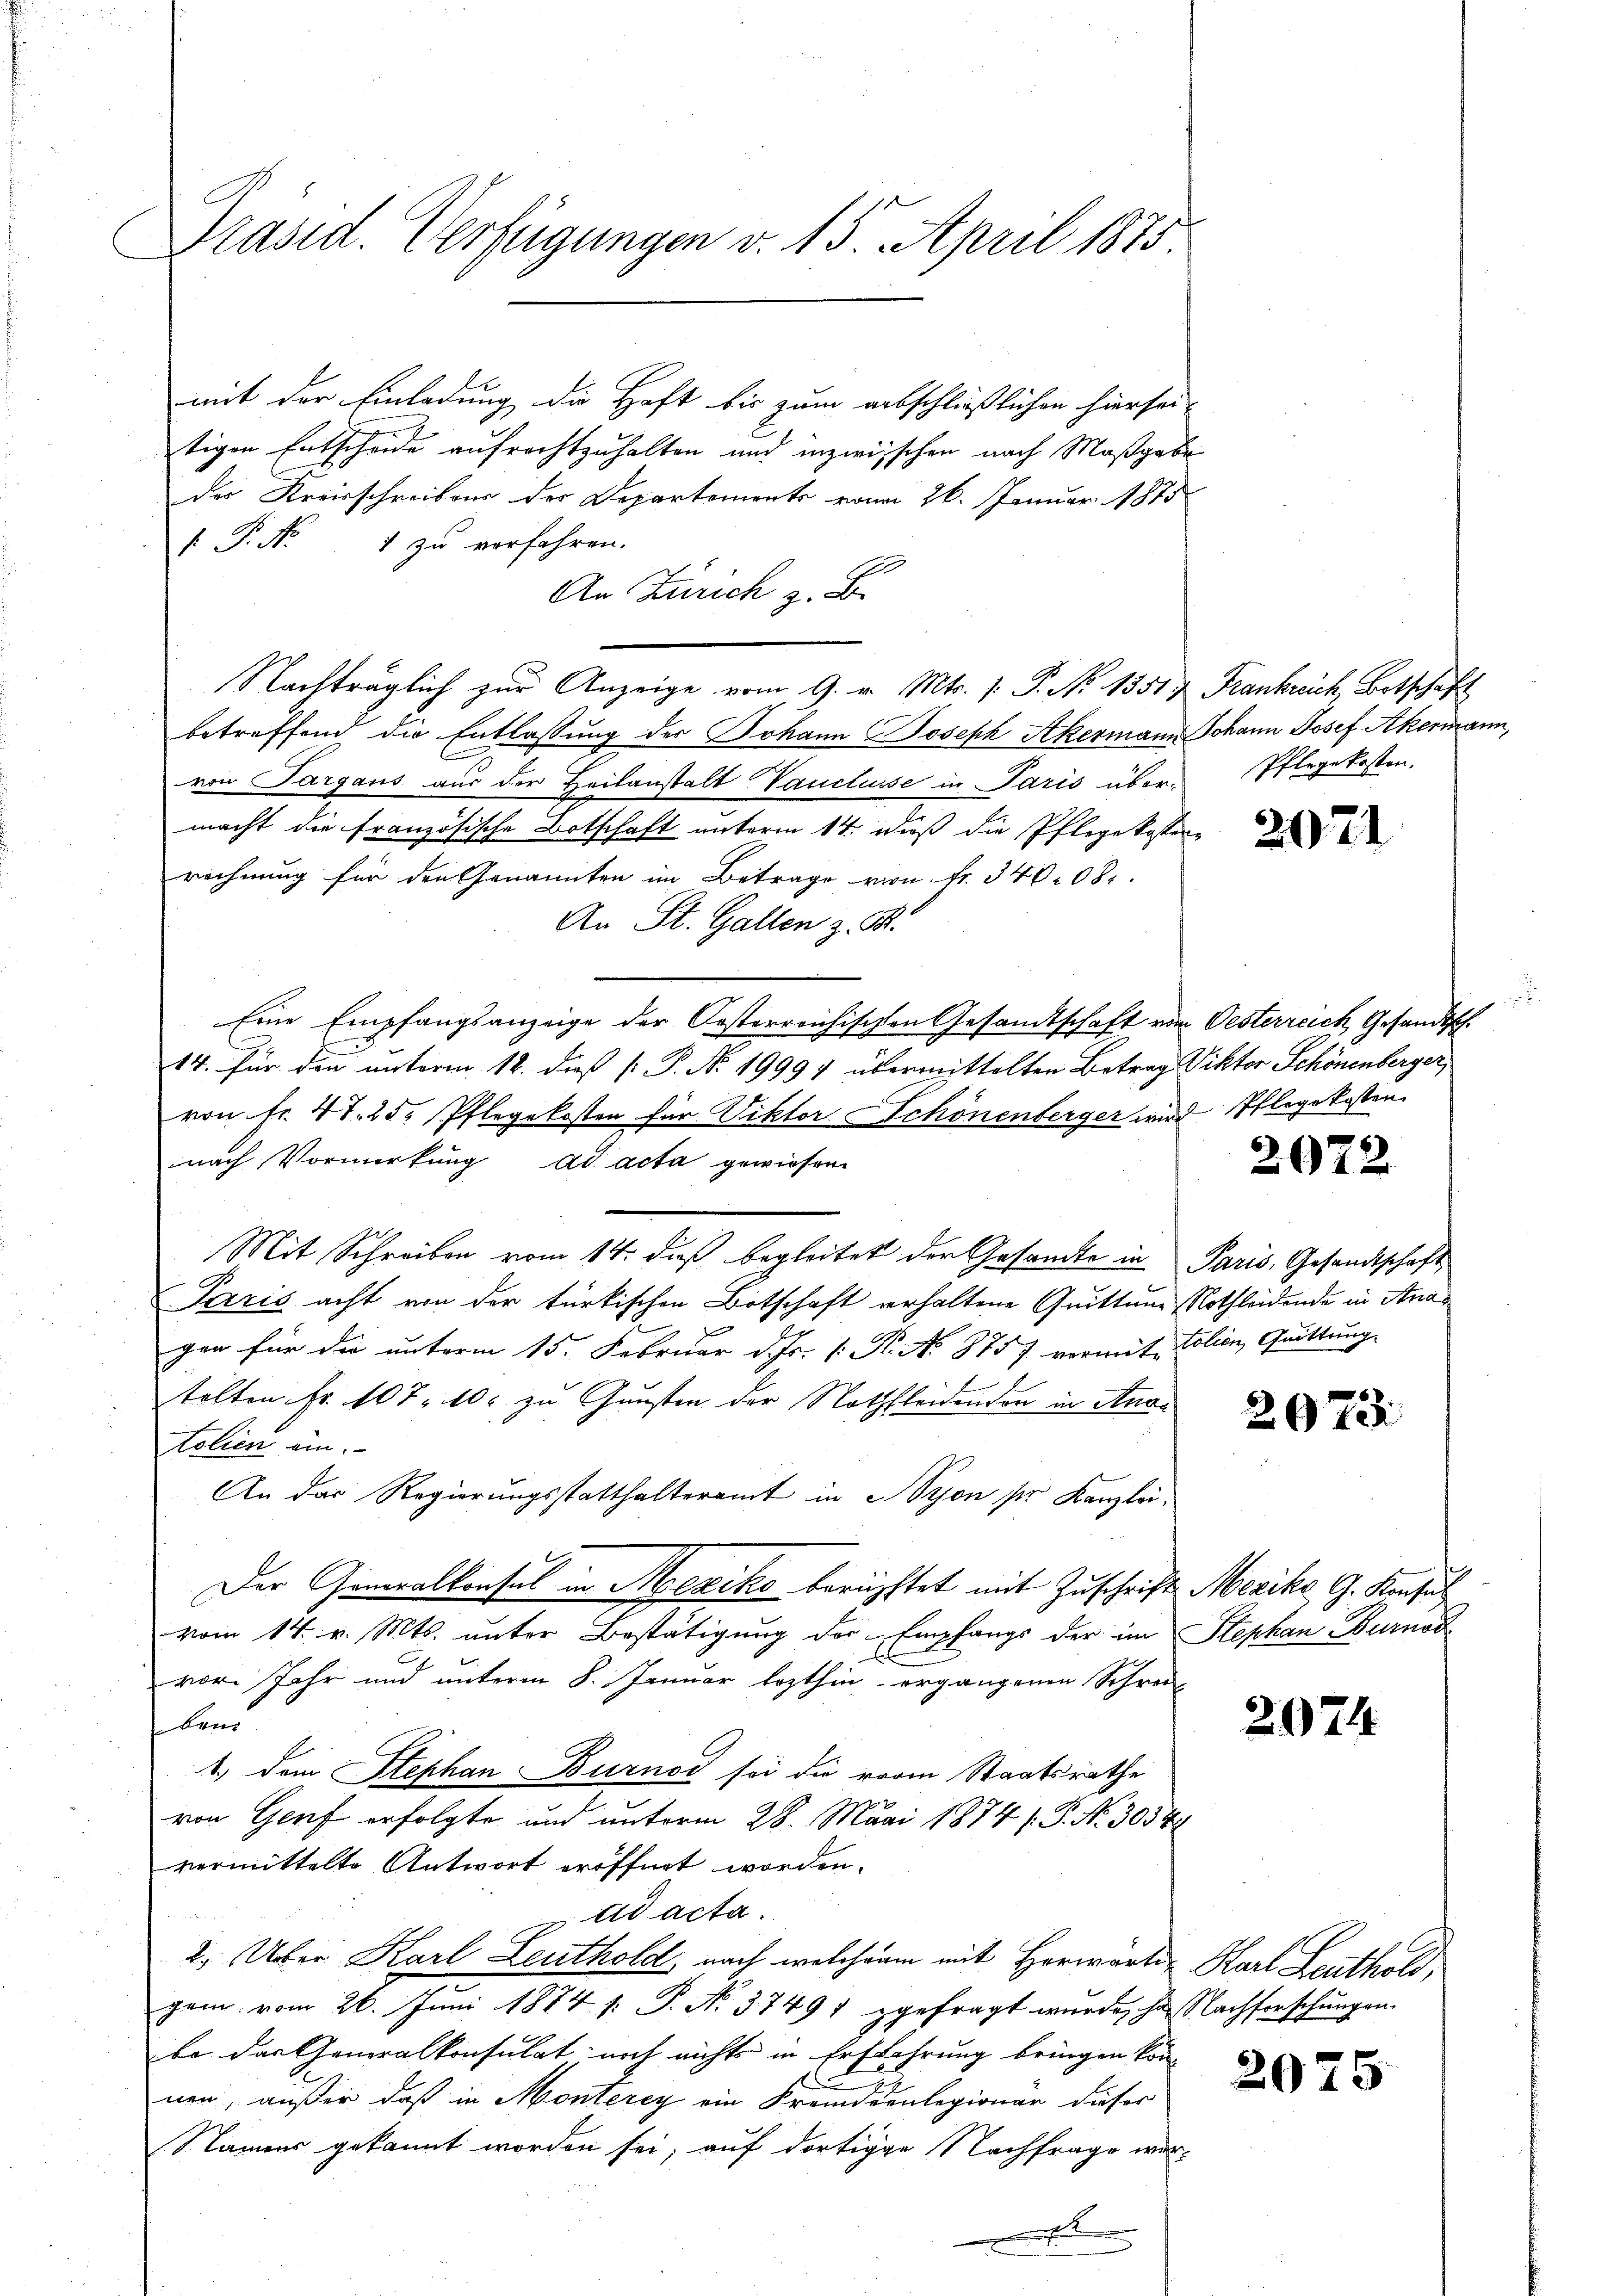
Präsid. Verfügungen v. 15. April 1875

mit der Einladung die Haft bis zum abschließlichen hiersei-

tigen Entscheide aufrechtzuhalten und inzwischen nach Maßgabe
der Kreisschreibens der Departements vom 26. Januar 1815
 P. Nr. 1 zu verfahren.
An Zürich z. B.
Nachträglich zur Anzeige vom 9. v. Mts. 1. P. No 1351 & Frankreich, Botschaft
betreffend die Entlassung des Johann Joseph Akermann Johann Josef Akermann,
von Sargaus aus der Heilanstalt Vauclusse in Paris übermacht die französische Botschaft unterm 14. dieß die Pflegekoster-
rechnung für den Genannten im Betrage von Fr. 34008.
An St. Gallen z. B.
Eine Empfangsanzeige der Oesterreichischen Gesandtschaft von Oesterreich, Gesandtsch.
14. Für den unterm 12. dieß P. P. N. 19997 übermittelten Betrag Viktor Schönenberger,
von Fr. 47. 25. Pflegekosten für Viktor Schönenberger wird Pflegekosten
nach Vormirkung ad acta gewiesen
Mit Schreiben vom 14. dieß begleitet der Gesandte in Paris, Gesandtschaft
Tarzis acht von der türkischen Botschaft erhaltene Quittene Nothleidende in Anan
gen für die unterm 15. Februar d. Js. v. R. N. 875 7 vormit talien, Quittung
talten Fr. 107, 10 zu Gunsten der Nothleidenden in Anaolien ein.
An das Regierungsstatthalteramt in Lyon ser Kanzlei-
Der Generalkonsul in Mexiko berüchtet mit Zuschrift Mesiko G. Konsul
vom 14. v. Mts. unter Bestätigung der Empfangs der im Stephan Burnod
vor. Jahr und unterm 8. Januar lezthin ergangenen Schrei-
ben
1.) Dem Stephan Burnot sei die vom Staatsrathe
von Genf erfolgte und unterm 28. Mai 1874 /. P. Nr. 30549
vermittelte Antwort eröffnet worden.
ad acta
2. Über Karl Leuthold, nach welcherm mit Horwarte Karl Leuthold,
gem vom 26. Juni 1874 [: P. No. 37491 zgefragt wurde, ha Nachforschungen.
be das Generalkonsulat noch nichts in Erfahrung bringen können, außer daß in Monterey ein Fremdenlegionar dieser
Namens gekannt worden sei; auf dortige Nachfrage wer¬

Pflegekosten.

2021

2072

2973.

2974

2075